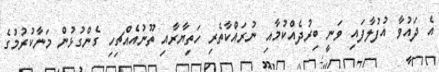
އެ ދައުވާ އުފުލާފައި ވަނީ ބިރުދެއްކުމާއި ނުރައްކާތެރި ހަތިޔާރާއި ތޫނުއެއްޗިހި ގެންގުޅުން މަނާކުރުމުގެ